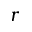
r